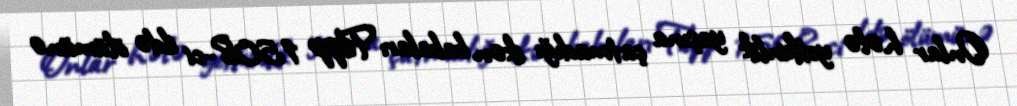
Onlar hələ yetkinlik yaşına çatmadığı ikən babaları Filipp 1508-ci ildə ölümünə